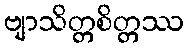
ဗျာသိတ္တစိတ္တဿ